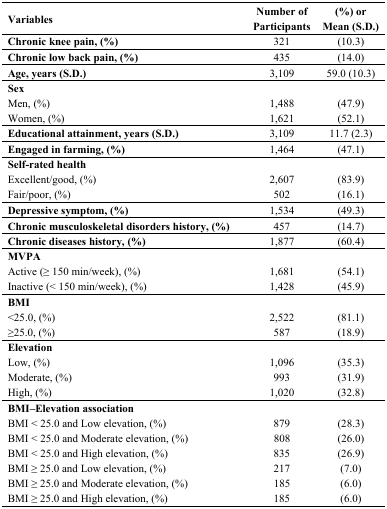
| Variables | Number of Participants | (%) or Mean (S.D.) |
 | --- | --- | --- |
 | Chronic knee pain, (%) | 321 | (10.3) |
 | Chronic low back pain, (%) | 435 | (14.0) |
 | Age, years (S.D.) | 3,109 | 59.0 (10.3) |
 | Sex |  |  |
 | Men, (%) | 1,488 | (47.9) |
 | Women, (%) | 1,621 | (52.1) |
 | Educational attainment, years (S.D.) | 3,109 | 11.7 (2.3) |
 | Engaged in farming, (%) | 1,464 | (47.1) |
 | Self-rated health |  |  |
 | Excellent/good, (%) | 2,607 | (83.9) |
 | Fair/poor, (%) | 502 | (16.1) |
 | Depressive symptom, (%) | 1,534 | (49.3) |
 | Chronic musculoskeletal disorders history, (%) | 457 | (14.7) |
 | Chronic diseases history, (%) | 1,877 | (60.4) |
 | MVPA |  |  |
 | Active (≥ 150 min/week), (%) | 1,681 | (54.1) |
 | Inactive (< 150 min/week), (%) | 1,428 | (45.9) |
 | BMI |  |  |
 | <25.0, (%) | 2,522 | (81.1) |
 | ≥25.0, (%) | 587 | (18.9) |
 | Elevation |  |  |
 | Low, (%) | 1,096 | (35.3) |
 | Moderate, (%) | 993 | (31.9) |
 | High, (%) | 1,020 | (32.8) |
 | BMI–Elevation association |  |  |
 | BMI < 25.0 and Low elevation, (%) | 879 | (28.3) |
 | BMI < 25.0 and Moderate elevation, (%) | 808 | (26.0) |
 | BMI < 25.0 and High elevation, (%) | 835 | (26.9) |
 | BMI ≥ 25.0 and Low elevation, (%) | 217 | (7.0) |
 | BMI ≥ 25.0 and Moderate elevation, (%) | 185 | (6.0) |
 | BMI ≥ 25.0 and High elevation, (%) | 185 | (6.0) |